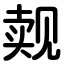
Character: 觌